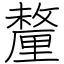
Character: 釐